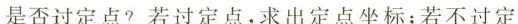
是否过定点?若过定点，求出定点坐标；若不过定